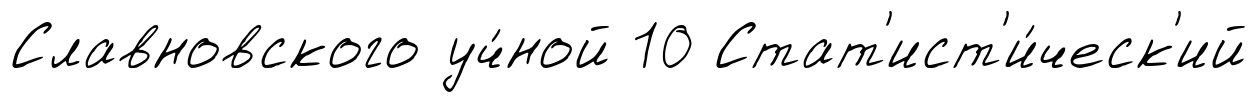
Славновского уч́ной 10 Стат'ист'и́ческ'ий